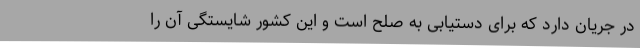
در جریان دارد که برای دستیابی به صلح است و این کشور شایستگی آن را